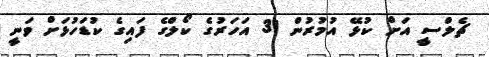
ޗެލްސީ އަށް ކުޅޭ އުމުރުން 31 އަހަރުގެ ކޯލްގެ ފައިގެ ކުޑަހުޅަށް ވަނީ